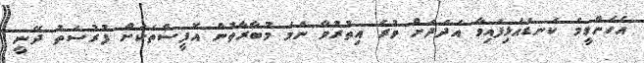
އެހެންވީމަ ކަނޑައެޅިފައިވާ އަދަދަށް ވުރެ އިތުރުވާ ނަމަ މުބާރާތުން އޮފީސްތަކަށް ފުރުސަތު ދޭނީ